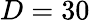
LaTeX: D=30